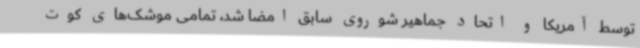
توسط آمریکا و اتحاد جماهیر شوروی سابق امضا شد، تمامی موشک‌های کوت